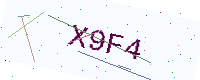
Text: X9F4